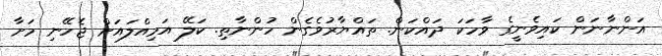
އަންނާނަން ކައިވެނީގެ ވާހަކަ ދައްކަން. ތައްޔާރުވެގެން ހުންނާތި. ކަލޭ އަމިއްލައަށް ޖެހޭނި މަށާ